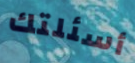
أسئلتك